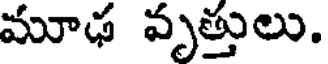
మూఢ వృత్తులు.